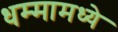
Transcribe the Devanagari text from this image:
धम्मामध्ये